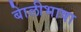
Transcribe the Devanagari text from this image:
बाेलीभाषा